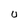
Character: U